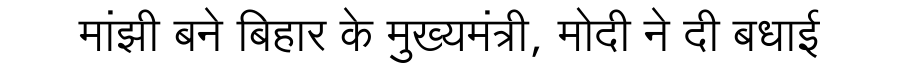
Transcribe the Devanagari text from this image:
मांझी बने बिहार के मुख्यमंत्री, मोदी ने दी बधाई